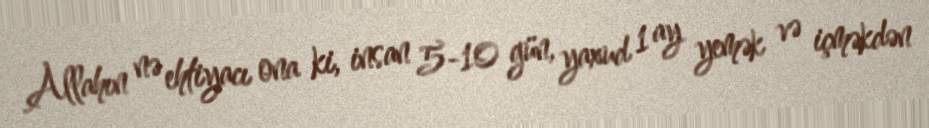
Allahın nə ehtiyacı ona ki, insan 5-10 gün, yaxud 1 ay yemək və içməkdən